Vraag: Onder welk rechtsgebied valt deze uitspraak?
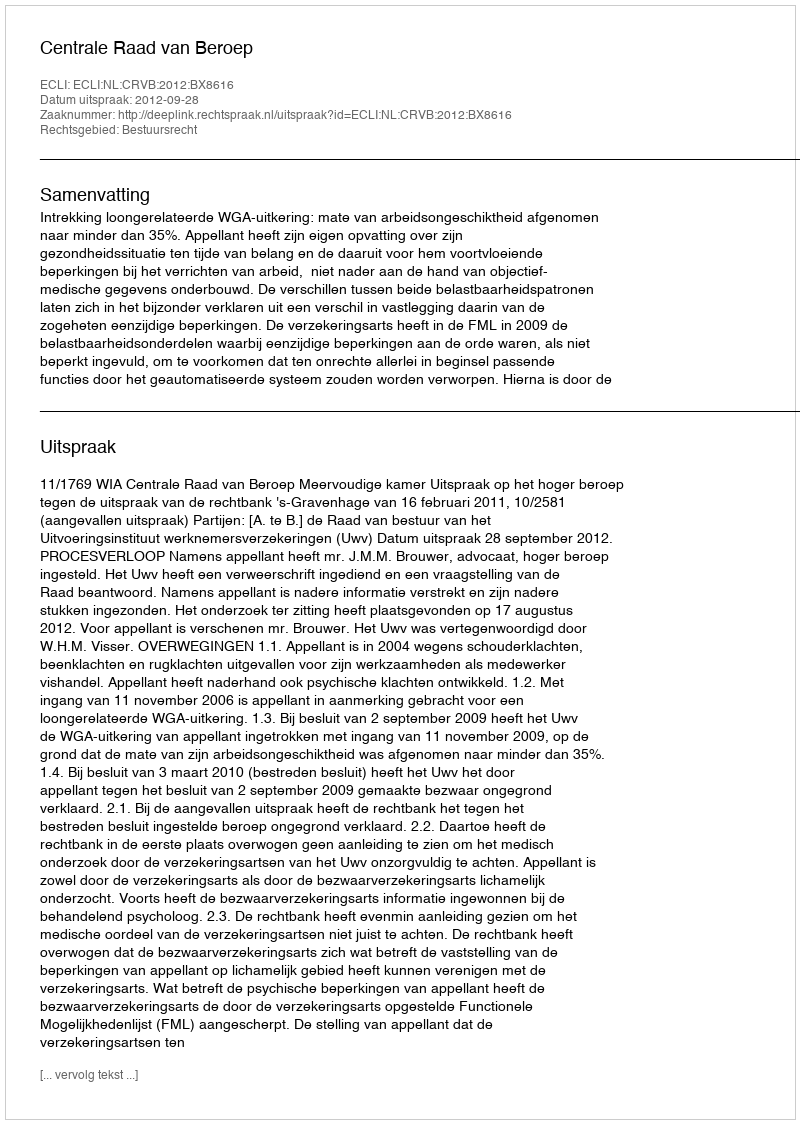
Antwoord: Bestuursrecht